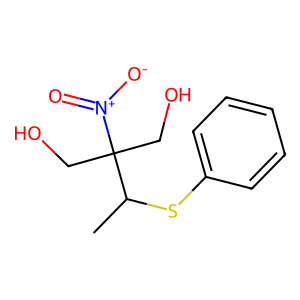
SMILES: CC(Sc1ccccc1)C(CO)(CO)[N+](=O)[O-]
Inhibits HIV replication: No